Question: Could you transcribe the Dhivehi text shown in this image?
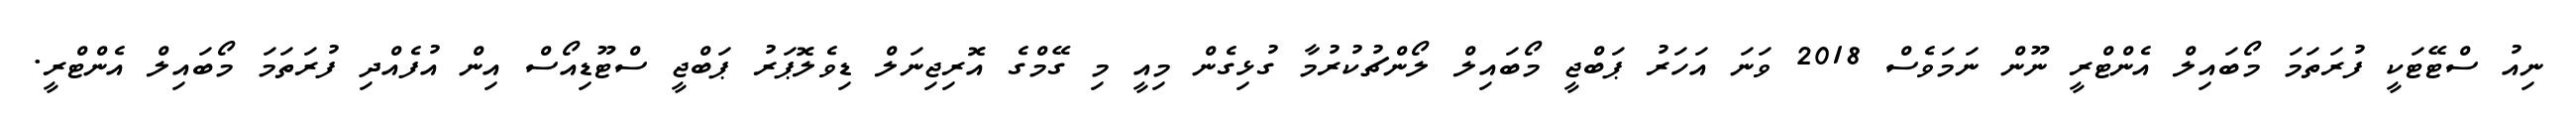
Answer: ނިއު ސްޓޭޓަކީ ފުރަތަމަ މޯބައިލް އެންޓްރީ ނޫން ނަމަވެސް 2018 ވަނަ އަހަރު ޕަބްޖީ މޯބައިލް ލޯންޗުކުރުމާ ގުޅިގެން މިއީ މި ގޭމްގެ އޮރިޖިނަލް ޑިވެލޮޕަރު ޕަބްޖީ ސްޓޫޑިއޯސް އިން އުފެއްދި ފުރަތަމަ މޯބައިލް އެންޓްރީ.